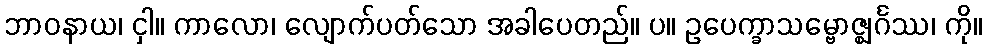
ဘာဝနာယ၊ ငှါ။ ကာလော၊ လျောက်ပတ်သော အခါပေတည်။ ပ။ ဥပေက္ခာသမ္ဗောဇ္ဈင်္ဂဿ၊ ကို။